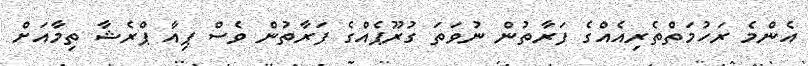
އެންމެ ރަހުމަތްތެރިއެއްގެ ފަރާތުން ނުވަތަ ގުރޫޕެއްގެ ފަރާތުން ވެސް ޕިއާ ޕްރެޝާ ތިމާއަށް